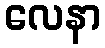
လေနာ